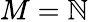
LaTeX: M=\mathbb{N}